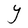
Character: Y